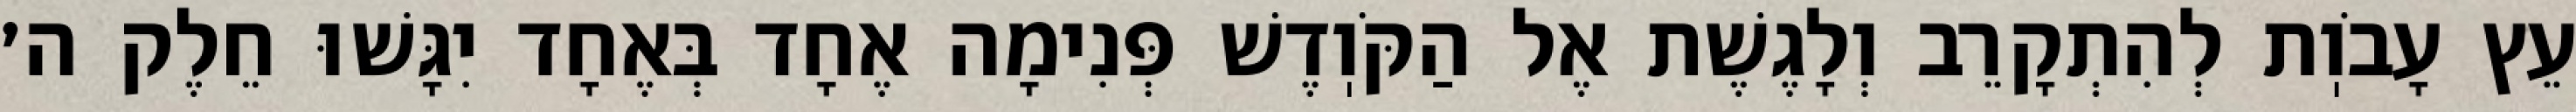
עֵץ עָבֹוֽת לְהִתְקָרֵב וְלָגֶשֶׁת אֶל הַקֹּוֽדֶשׁ פְּנִימָה אֶחָד בְּאֶחָד יִגָּשׁוּ חֵלֶק ה׳